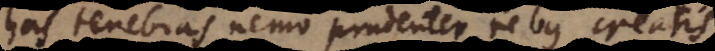
has tenebras nemo prudenter rebus creatis